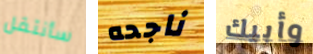
سأنتقل ناجحه وأبيك